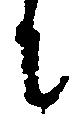
に